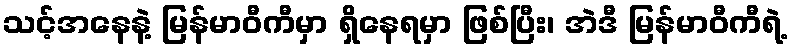
သင့်အနေနဲ့ မြန်မာဝီကီမှာ ရှိနေရမှာ ဖြစ်ပြီး၊ အဲဒီ မြန်မာဝီကီရဲ့